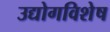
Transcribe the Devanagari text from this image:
उद्योगविशेष